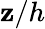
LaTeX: \mathbf{z}/h